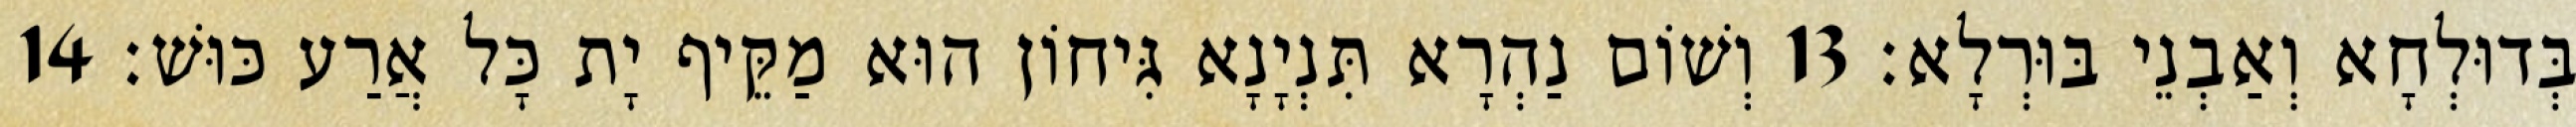
בְּדוּלְחָא וְאַבְנֵי בּוּרְלָא׃ 13 וְשׁוֹם נַהְרָא תִּנְיָנָא גִּיחוֹן הוּא מַקֵּיף יָת כָּל אֲרַע כּוּשׁ׃ 14